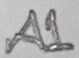
Text: A1